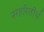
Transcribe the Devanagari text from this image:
नरहरितीर्थ